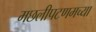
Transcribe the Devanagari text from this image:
मछलीपटणमच्या